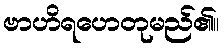
ဗာဟိရဟေတုမည်၏။